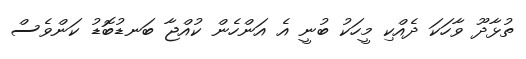
ތުޅާދޫ ވާހަކަ ދެއްކި މީހަކު ބުނީ އެ އަންހެން ކުއްޖާ ބަނޑުބޮޑު ކަންވެސް